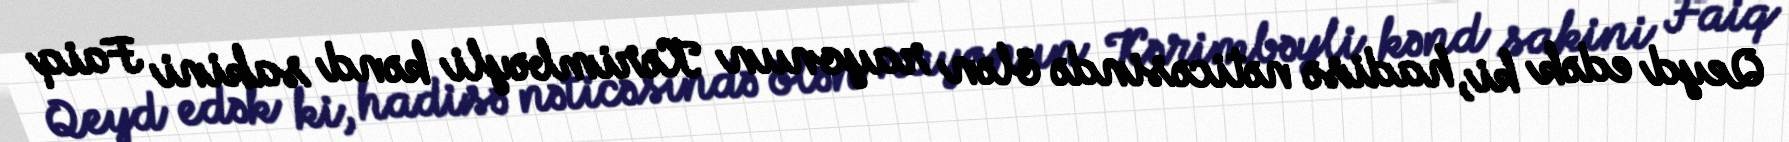
Qeyd edək ki, hadisə nəticəsində ölən rayonun Kərimbəyli kənd sakini Faiq